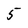
Character: 5